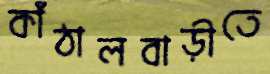
কাঁঠালবাড়ীতে